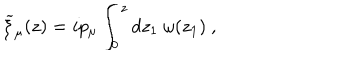
{ \widetilde \xi } _ { \mu } ( z ) = i p _ { \mu } \int _ { 0 } ^ { z } d z _ { 1 } ~ \omega ( z _ { 1 } ) ~ ,